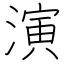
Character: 演